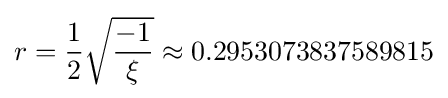
r={\frac {1}{2}}{\sqrt {\frac {-1}{\xi }}}\approx 0.2953073837589815